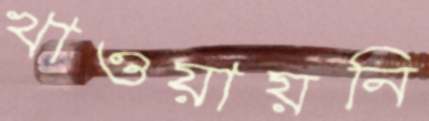
খাওয়ায়নি